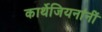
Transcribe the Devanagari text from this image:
कार्थेजियनांनीं